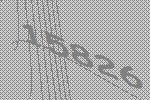
15826